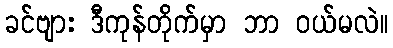
ခင်ဗျား ဒီကုန်တိုက်မှာ ဘာ ဝယ်မလဲ။